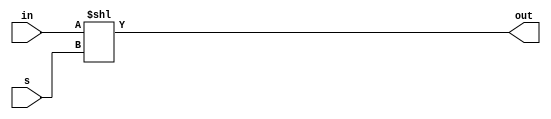
module rol4(
    input [3:0] in,
    input [1:0] s,
    output [3:0] out
    );
    assign out = in << s;
endmodule